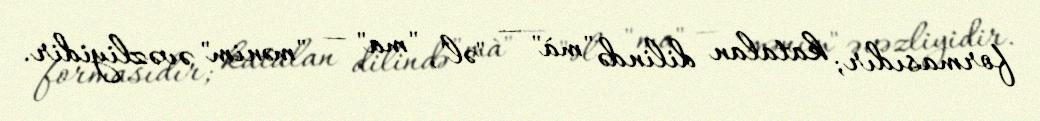
formasıdır; katalan dilində "mà" — "əl", "ma" — "mənim" əvəzliyidir.